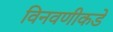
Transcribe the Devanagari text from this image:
विनवणीकडे